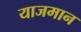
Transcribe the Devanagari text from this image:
याजमान